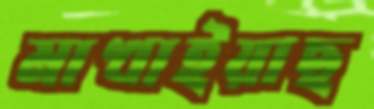
মাখাইয়াছ